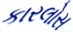
કારલોસ